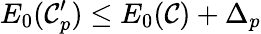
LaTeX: E_{0}(\mathcal{C}_{p}^{\prime})\leq E_{0}(\mathcal{C})+\Delta_{p}